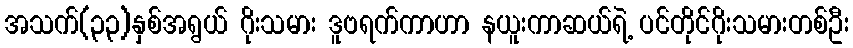
အသက်(၃၃)နှစ်အရွယ် ဂိုးသမား ဒူဗရက်ကာဟာ နယူးကာဆယ်ရဲ့ ပင်တိုင်ဂိုးသမားတစ်ဦး